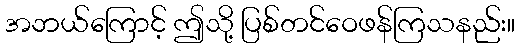
အဘယ်ကြောင့် ဤသို့ ပြစ်တင်ဝေဖန်ကြသနည်း။